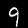
Label: 9